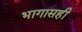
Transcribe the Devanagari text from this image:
भागासही